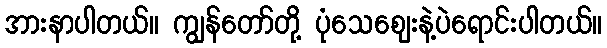
အားနာပါတယ်။ ကျွန်တော်တို့ ပုံသေဈေးနဲ့ပဲရောင်းပါတယ်။